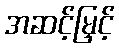
အဆင့်မြှင့်